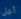
أجل